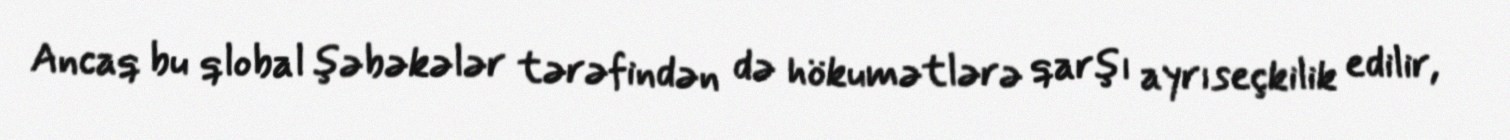
Ancaq bu qlobal şəbəkələr tərəfindən də hökumətlərə qarşı ayrıseçkilik edilir,